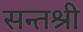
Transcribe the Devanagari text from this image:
सन्तश्री